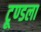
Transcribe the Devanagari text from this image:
टूण्‍डला